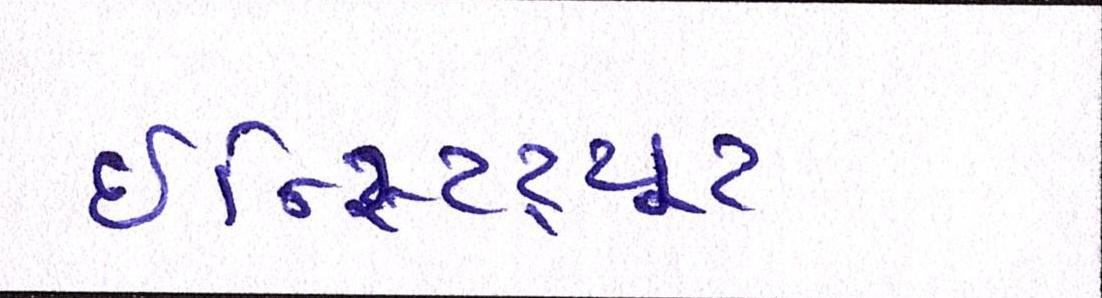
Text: ઇન્સ્ટિટ્યૂટ